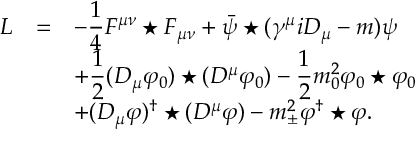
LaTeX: \begin{array} { r c l } { { { \cal L } } } & { { = } } & { { \displaystyle - \frac { 1 } { 4 } F ^ { \mu \nu } \star F _ { \mu \nu } + \bar { \psi } \star ( \gamma ^ { \mu } i D _ { \mu } - m ) \psi } } \\ { { } } & { { } } & { { \displaystyle + \frac { 1 } { 2 } ( D _ { \mu } \varphi _ { 0 } ) \star ( D ^ { \mu } \varphi _ { 0 } ) - \frac { 1 } { 2 } m _ { 0 } ^ { 2 } \varphi _ { 0 } \star \varphi _ { 0 } } } \\ { { } } & { { } } & { { \displaystyle + ( D _ { \mu } \varphi ) ^ { \dagger } \star ( D ^ { \mu } \varphi ) - m _ { \pm } ^ { 2 } \varphi ^ { \dagger } \star \varphi . } } \end{array}